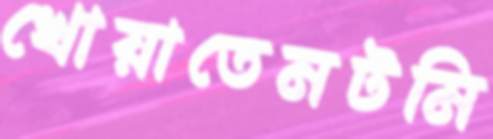
খোয়াতেনটমি